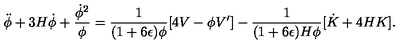
\ddot { \phi } + 3 H \dot { \phi } + { \frac { \dot { \phi } ^ { 2 } } { \phi } } = { \frac { 1 } { ( 1 + 6 \epsilon ) \phi } } [ 4 V - \phi V ^ { \prime } ] - { \frac { 1 } { ( 1 + 6 \epsilon ) H \phi } } [ \dot { K } + 4 H K ] .